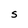
Character: S